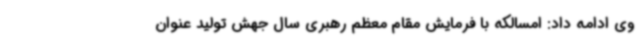
وی ادامه داد: امسالکه با فرمایش مقام معظم رهبری سال جهش تولید عنوان